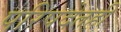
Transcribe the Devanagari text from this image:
परिषदेतही